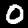
Label: 0